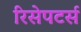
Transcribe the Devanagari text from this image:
रिसेपटर्स